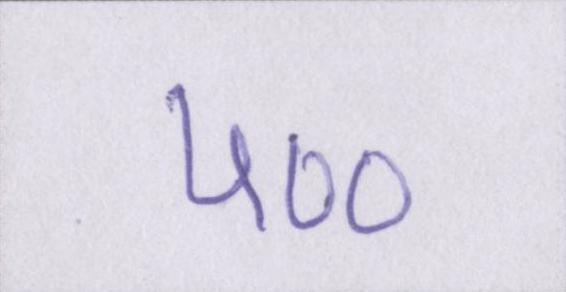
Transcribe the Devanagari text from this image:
५००